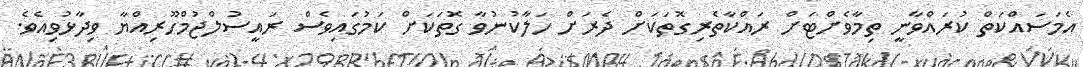
އެމަސައްކަތް ކުރައްވާނީ ތިމާވެށްޓަށް ރައްކާތެރިގޮތަކަށް ދެރަށް ހަލާކުނުވާ ގޮތަކަށް ކަމުގައިވެސް ރައީސުލްޖުމްހޫރިއްޔާ ވިދާޅުވިއެވެ.